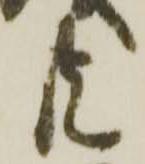
共